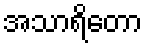
အသာရိတော